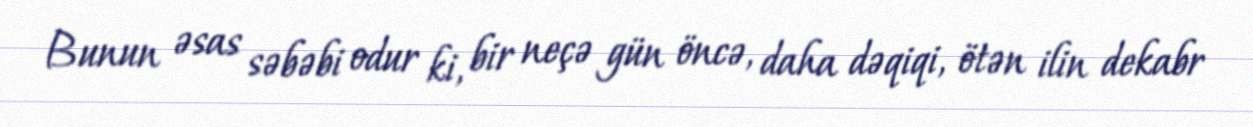
Bunun əsas səbəbi odur ki, bir neçə gün öncə, daha dəqiqi, ötən ilin dekabr